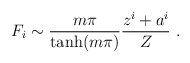
\begin{align*}F_i \sim \frac{m\pi}{\tanh(m\pi)} \frac{z^i+a^i}{Z}\ .\end{align*}